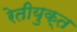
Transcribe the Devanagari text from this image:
रेतीयुक्त